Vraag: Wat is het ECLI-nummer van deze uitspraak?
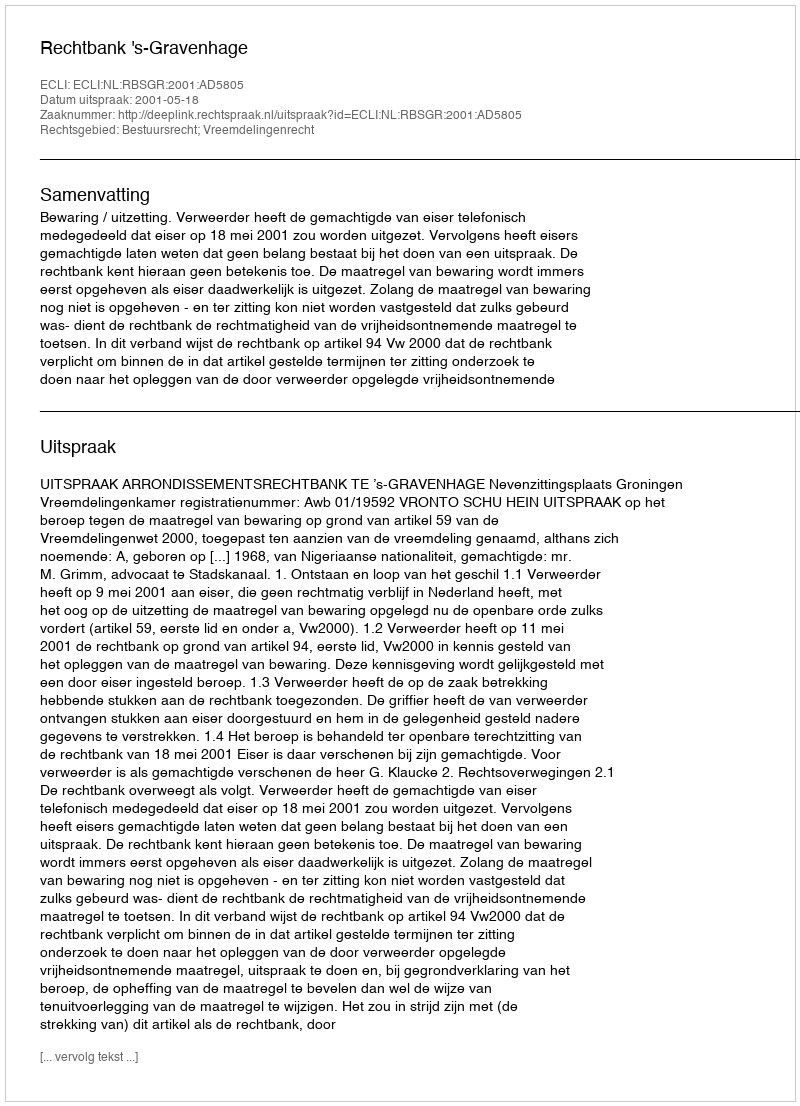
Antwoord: ECLI:NL:RBSGR:2001:AD5805